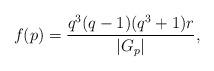
LaTeX: \begin{align*} f(p)=\frac{q^3(q-1)(q^3+1)r}{|G_p|},\end{align*}